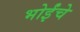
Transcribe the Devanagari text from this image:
भोईंचे